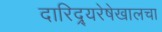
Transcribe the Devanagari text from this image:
दारिद्र्यरेषेखालचा